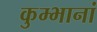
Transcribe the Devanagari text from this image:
कुम्भानां